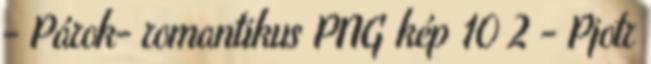
- Párok- romantikus PNG kép 10 2 - Pjotr